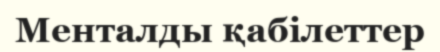
Менталды қабілеттер